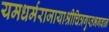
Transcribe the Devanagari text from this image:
यमधर्मराजायाश्रीचित्रगुप्तभगवान